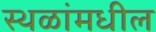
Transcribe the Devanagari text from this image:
स्थळांमधील